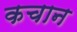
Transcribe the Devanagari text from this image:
कचान